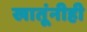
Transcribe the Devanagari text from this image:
खातूंनीही